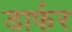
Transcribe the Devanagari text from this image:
डार्फर